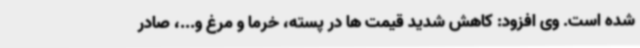
شده است. وی افزود: کاهش شدید قیمت ها در پسته، خرما و مرغ و...، صادر